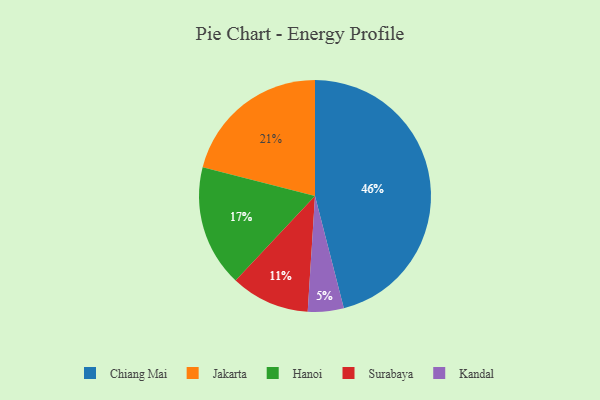
{"axis": {"x": "Category", "y": "Percentage"}, "legend": ["Chiang Mai", "Hanoi", "Jakarta", "Kandal", "Surabaya"], "data": [{"x": "Jakarta", "y": 21, "type": "Jakarta"}, {"x": "Surabaya", "y": 11, "type": "Surabaya"}, {"x": "Kandal", "y": 5, "type": "Kandal"}, {"x": "Chiang Mai", "y": 46, "type": "Chiang Mai"}, {"x": "Hanoi", "y": 17, "type": "Hanoi"}]}